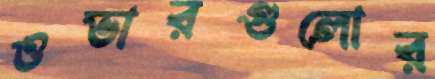
ওভারগুলোর